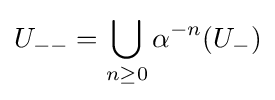
U_{--}=\bigcup _{n\geq 0}\alpha ^{-n}(U_{-})